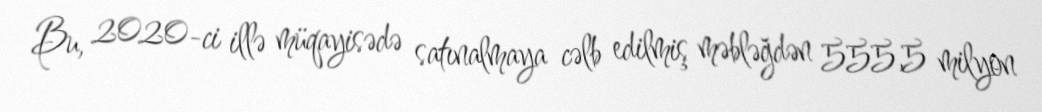
Bu, 2020-ci illə müqayisədə satınalmaya cəlb edilmiş məbləğdən 555,5 milyon